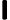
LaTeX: \boldsymbol{\mathsf{I}}